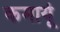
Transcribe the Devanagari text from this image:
कमायूं